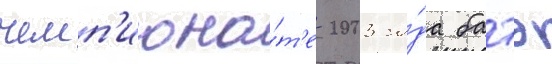
чемп'иона́т'е 2003 го́да батэ